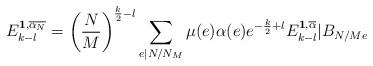
LaTeX: \begin{align*}E_{k-l}^{\textbf{1},\overline{\alpha_N}} = \left(\frac{N}{M}\right)^{\frac{k}{2}-l}\sum_{e\mid N/N_M}\mu(e)\alpha(e)e^{-\frac{k}{2}+l}E_{k-l}^{\textbf{1},\overline{\alpha}}|B_{N/Me}\end{align*}